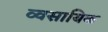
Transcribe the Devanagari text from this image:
व्वसायिक